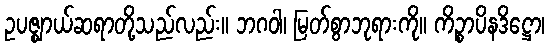
ဥပဇ္ဈာယ်ဆရာတို့သည်လည်း။ ဘဂဝါ၊ မြတ်စွာဘုရားကို။ ကိဉ္စာပိနဒိဋ္ဌော၊